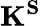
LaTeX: \mathbf{K^{S}}